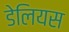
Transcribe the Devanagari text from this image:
डेलियस